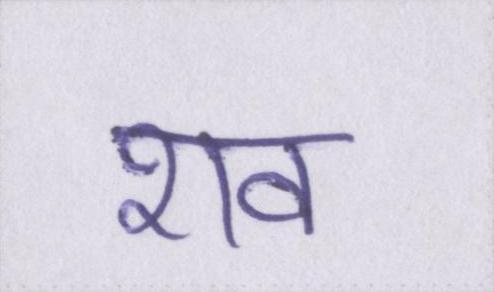
शव